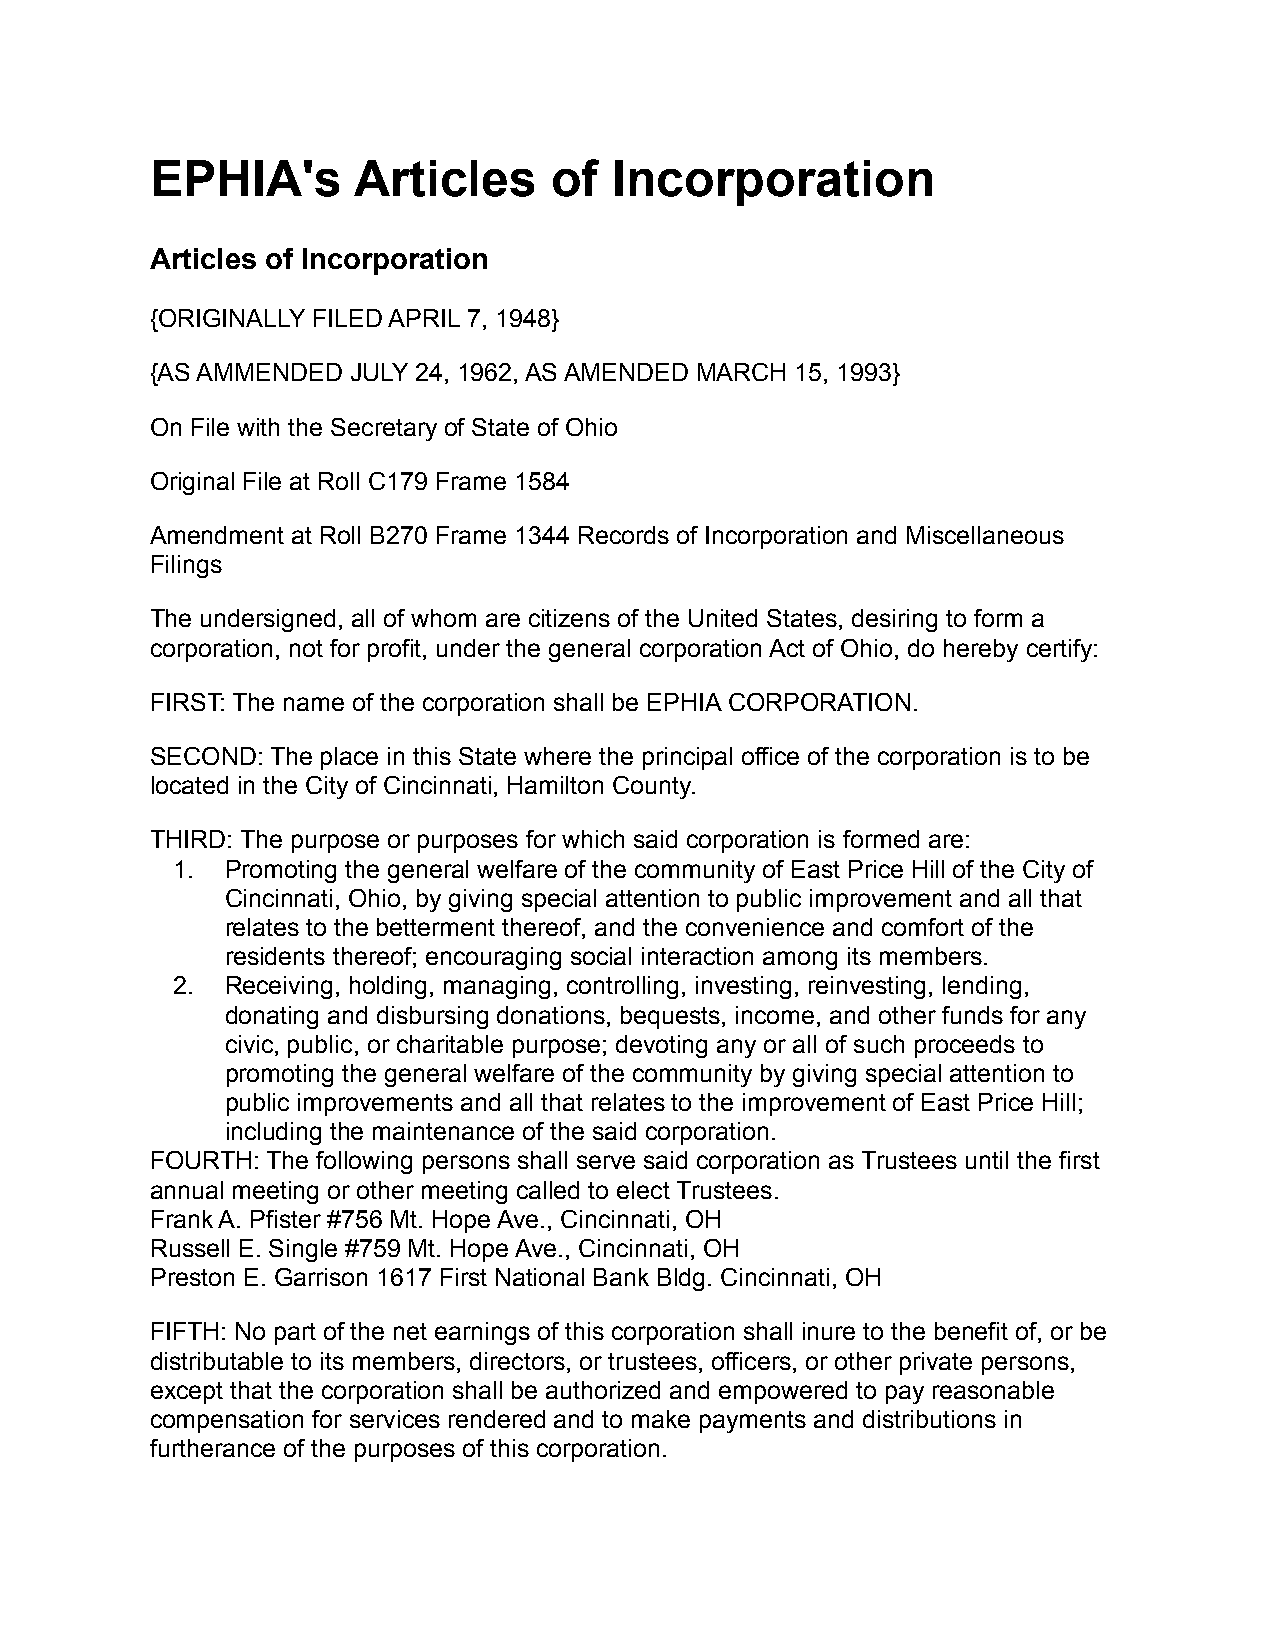
EPHIA's      Articles      of  Incorporation
 Articles of Incorporation
 {ORIGINALLY FILED APRIL 7, 1948}
 {AS AMMENDED JULY 24, 1962, AS AMENDED MARCH 15, 1993}
 On File with the Secretary of State of Ohio
 Original File at Roll C179 Frame 1584
 Amendment at Roll B270 Frame 1344 Records of Incorporation and Miscellaneous
 Filings
 The undersigned, all of whom are citizens of the United States, desiring to form a
 corporation, not for profit, under the general corporation Act of Ohio, do hereby certify:
 FIRST: The name of the corporation shall be EPHIA CORPORATION.
 SECOND: The place in this State where the principal office of the corporation is to be
 located in the City of Cincinnati, Hamilton County.
 THIRD: The purpose or purposes for which said corporation is formed are:
 1.  Promoting the general welfare of the community of East Price Hill of the City of
 Cincinnati, Ohio, by giving special attention to public improvement and all that
 relates to the betterment thereof, and the convenience and comfort of the
 residents thereof; encouraging social interaction among its members.
 2.  Receiving, holding, managing, controlling, investing, reinvesting, lending,
 donating and disbursing donations, bequests, income, and other funds for any
 civic, public, or charitable purpose; devoting any or all of such proceeds to
 promoting the general welfare of the community by giving special attention to
 public improvements and all that relates to the improvement of East Price Hill;
 including the maintenance of the said corporation.
 FOURTH: The following persons shall serve said corporation as Trustees until the first
 annual meeting or other meeting called to elect Trustees.
 Frank A. Pfister #756 Mt. Hope Ave., Cincinnati, OH
 Russell E. Single #759 Mt. Hope Ave., Cincinnati, OH
 Preston E. Garrison 1617 First National Bank Bldg. Cincinnati, OH
 FIFTH: No part of the net earnings of this corporation shall inure to the benefit of, or be
 distributable to its members, directors, or trustees, officers, or other private persons,
 except that the corporation shall be authorized and empowered to pay reasonable
 compensation for services rendered and to make payments and distributions in
 furtherance of the purposes of this corporation.